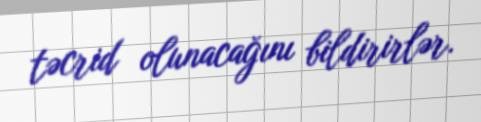
təcrid olunacağını bildirirlər.